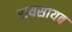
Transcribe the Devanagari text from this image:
रायसायब